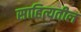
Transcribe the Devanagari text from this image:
साहित्यतील